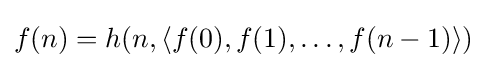
f(n)=h(n,\langle f(0),f(1),\ldots ,f(n-1)\rangle )